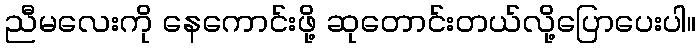
ညီမလေးကို နေကောင်းဖို့ ဆုတောင်းတယ်လို့ပြောပေးပါ။